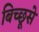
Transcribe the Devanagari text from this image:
बिच्छूसे